Notes on vaccination in the North-West Frontier Province 1923-1928 - 1923-1928
Year: 1923
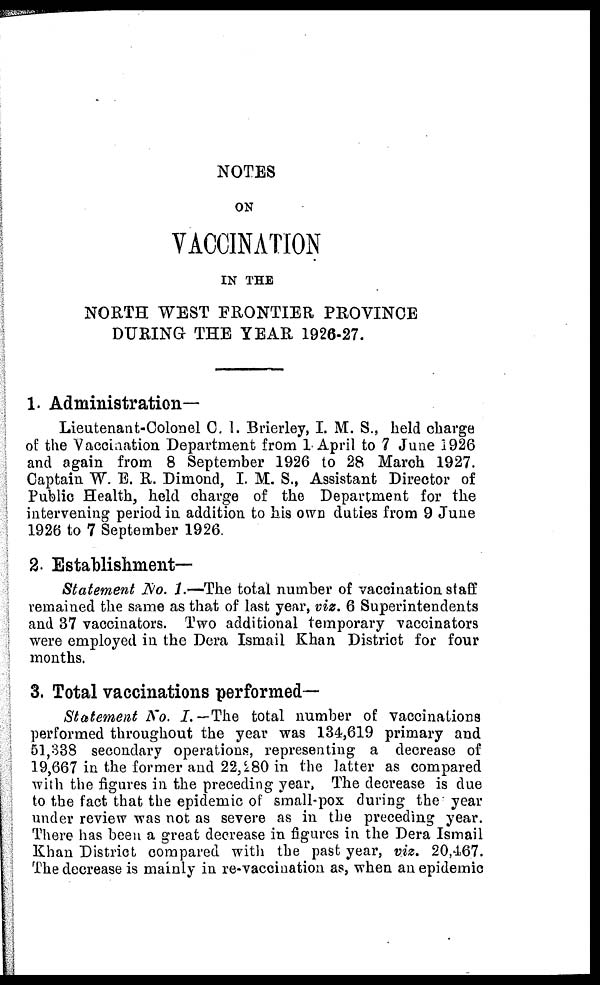
NOTES
ON
VACCINATION
IN THE
NORTH WEST FRONTIER PROVINCE
DURING THE YEAR 1926-27.
1. Administration—
Lieutenant-Colonel C. 1. Brierley, I. M. S., held charge
of the Vaccination Department from 1 April to 7 June 1926
and again from 8 September 1926 to 28 March 1927.
Captain W. E. R. Dimond, I. M. S., Assistant Director of
Public Health, held charge of the Department for the
intervening period in addition to his own duties from 9 June
1926 to 7 September 1926.
2. Establishment—
Statement No. 1.—The total number of vaccination staff
remained the same as that of last year, viz. 6 Superintendents
and 37 vaccinators. Two additional temporary vaccinators
were employed in the Dera Ismail Khan District for four
months.
3. Total vaccinations performed—
Statement No. I.—The total number of vaccinations
performed throughout the year was 134,619 primary and
51,338 secondary operations, representing a decrease of
19,667 in the former and 22,280 in the latter as compared
with the figures in the preceding year, The decrease is due
to the fact that the epidemic of small-pox during the year
under review was not as severe as in the preceding year.
There has been a great decrease in figures in the Dera Ismail
Khan District compared with the past year, viz. 20,467.
The decrease is mainly in re-vaccination as, when an epidemic